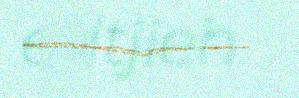
edtjieh